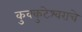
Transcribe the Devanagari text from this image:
कुक्कुटेश्वराचे